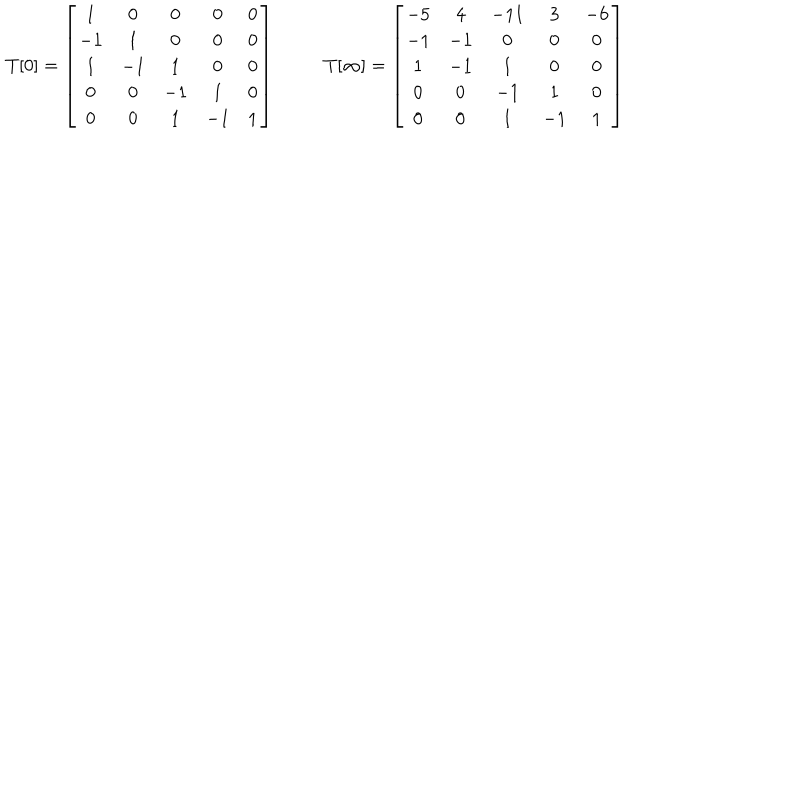
\begin{array} { c c c } { { T [ 0 ] = \left[ \begin{array} { c c c c c } { { 1 } } & { { 0 } } & { { 0 } } & { { 0 } } & { { 0 } } \\ { { - 1 } } & { { 1 } } & { { 0 } } & { { 0 } } & { { 0 } } \\ { { 1 } } & { { - 1 } } & { { 1 } } & { { 0 } } & { { 0 } } \\ { { 0 } } & { { 0 } } & { { - 1 } } & { { 1 } } & { { 0 } } \\ { { 0 } } & { { 0 } } & { { 1 } } & { { - 1 } } & { { 1 } } \\ \end{array} \right] } } & { { } } & { { T [ \infty ] = \left[ \begin{array} { c c c c c } { { - 5 } } & { { 4 } } & { { - 1 1 } } & { { 3 } } & { { - 6 } } \\ { { - 1 } } & { { - 1 } } & { { 0 } } & { { 0 } } & { { 0 } } \\ { { 1 } } & { { - 1 } } & { { 1 } } & { { 0 } } & { { 0 } } \\ { { 0 } } & { { 0 } } & { { - 1 } } & { { 1 } } & { { 0 } } \\ { { 0 } } & { { 0 } } & { { 1 } } & { { - 1 } } & { { 1 } } \\ \end{array} \right] } } \\ \end{array}